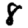
Digit: 8